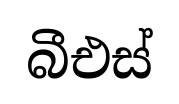
බීඑස්